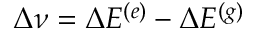
\Delta \nu = \Delta E ^ { ( e ) } - \Delta E ^ { ( g ) }